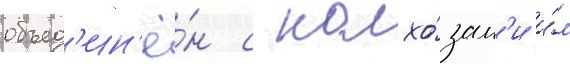
объед'ин'ё́н с колхо́зам'и и́м